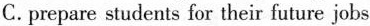
C.prepare students for their future jobs